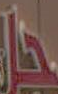
في